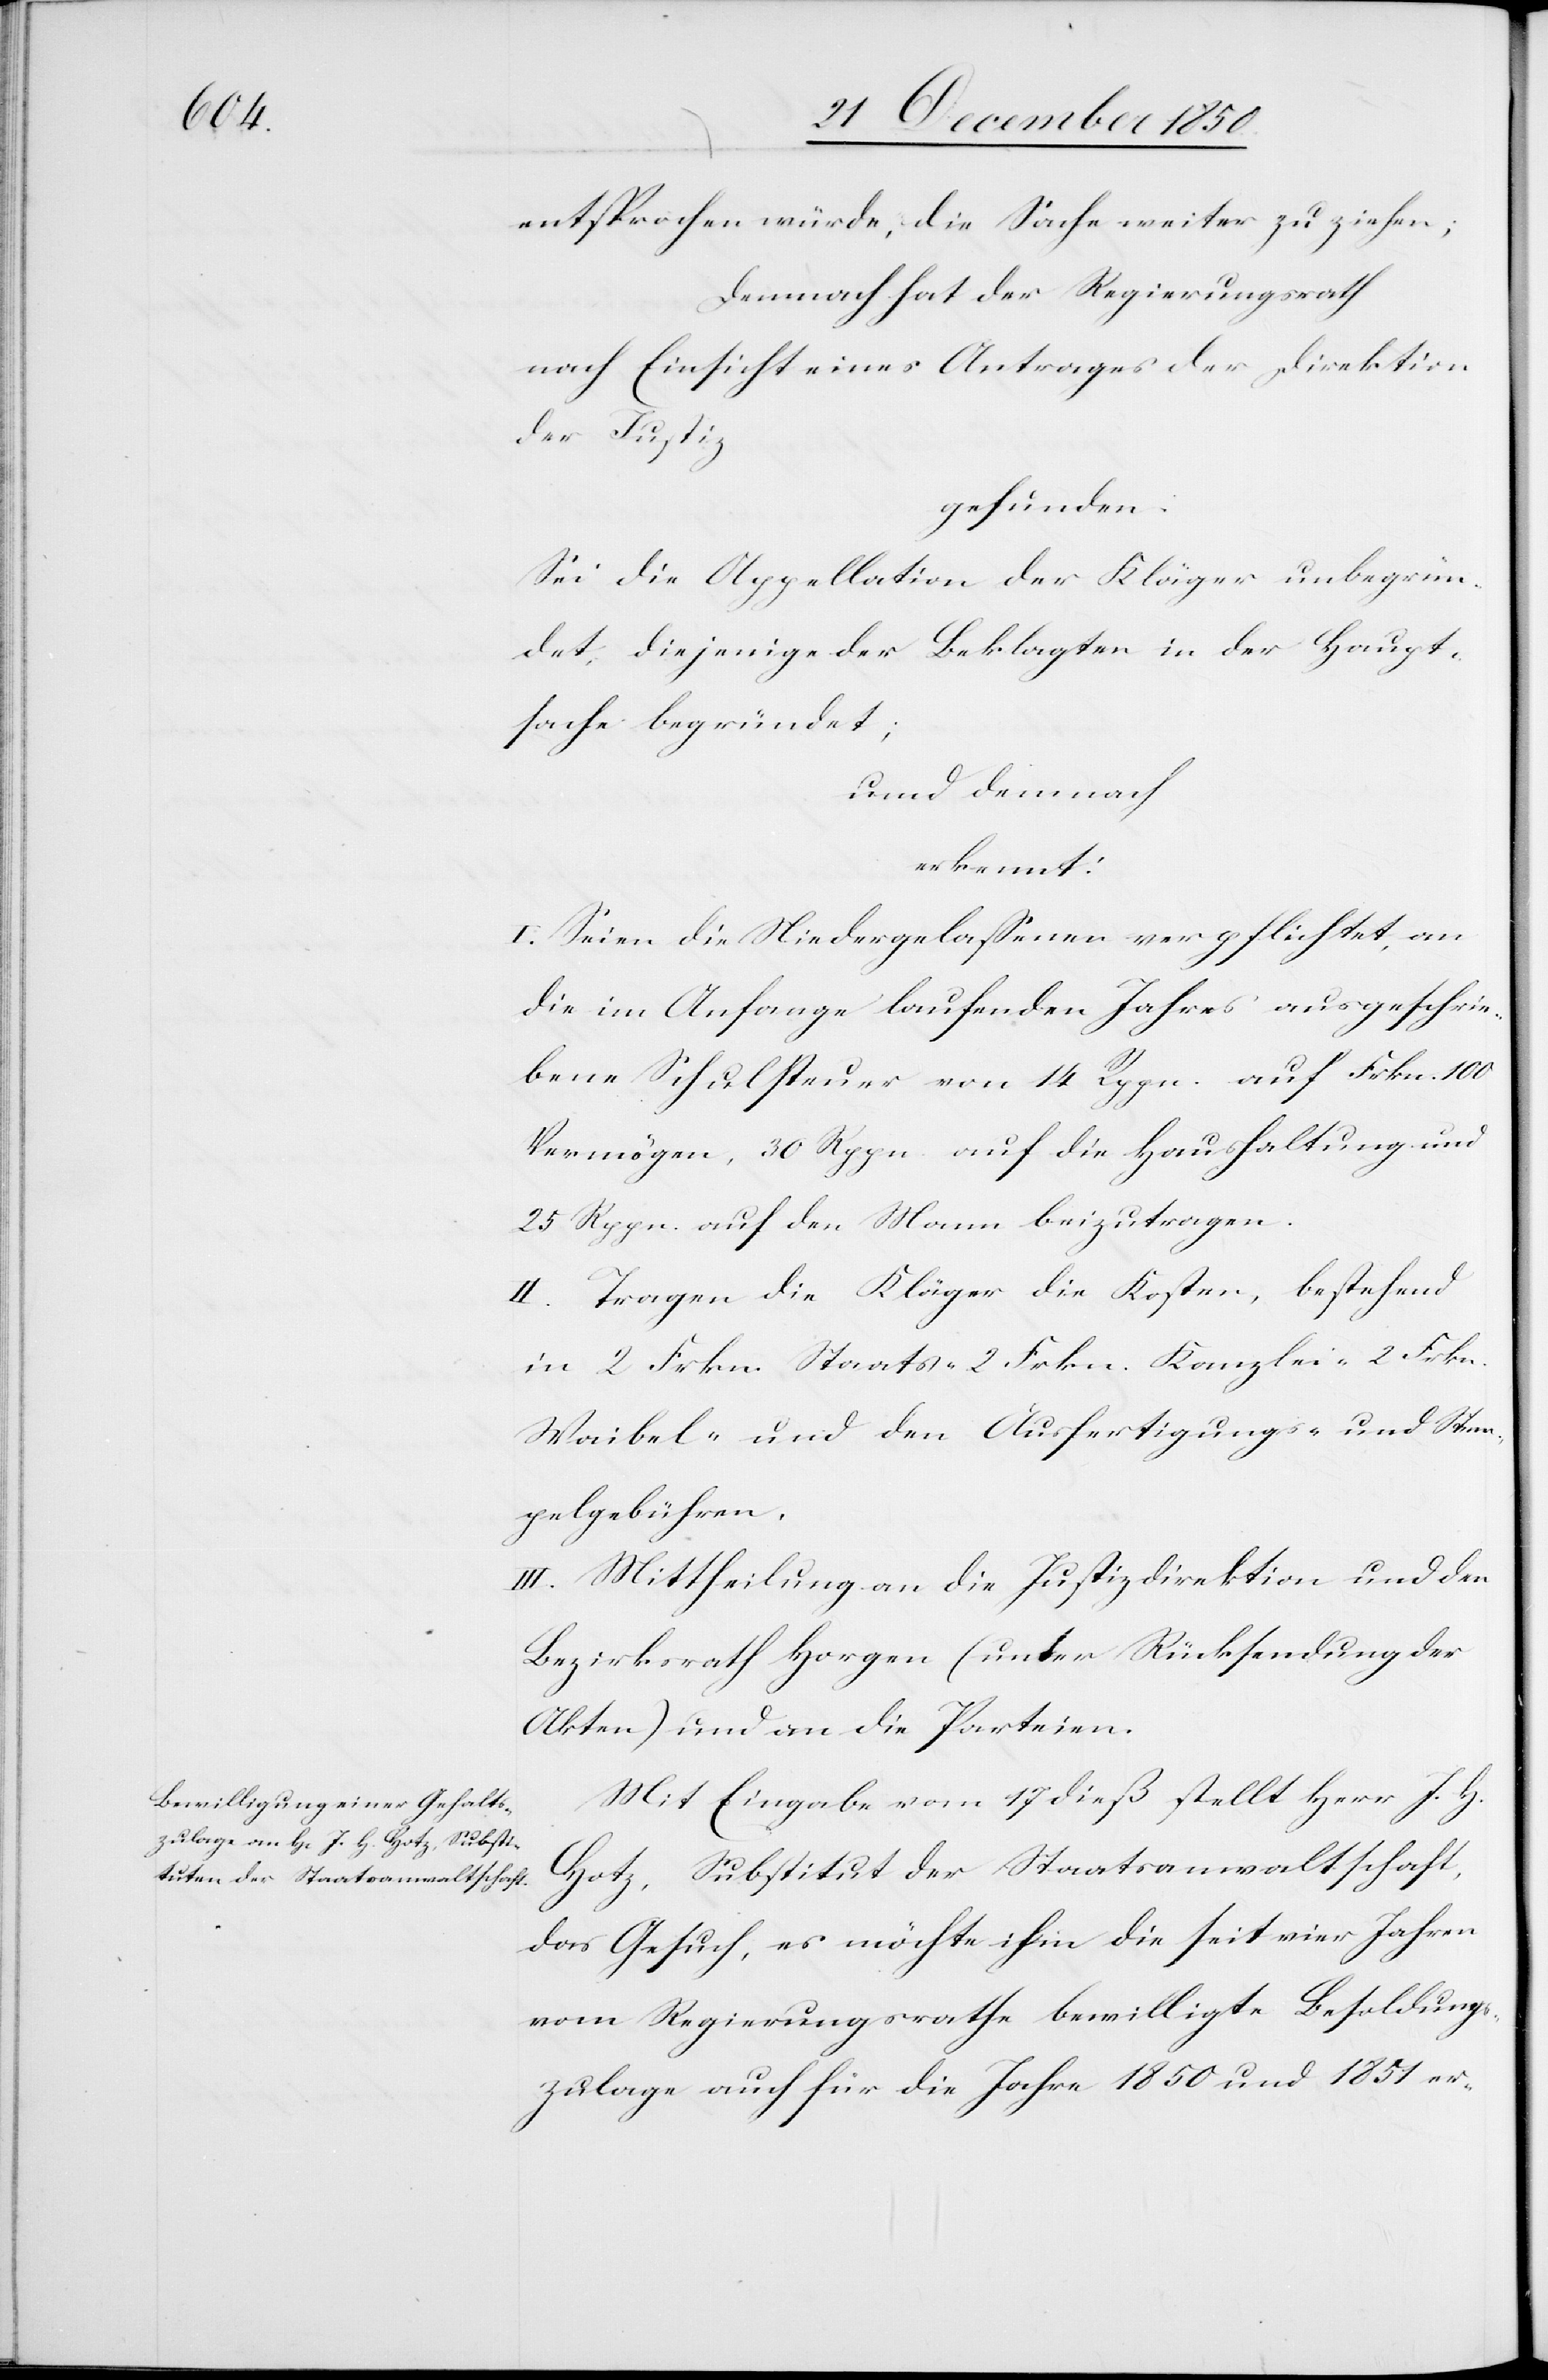
entsprochen würde, die Sache weiter zu ziehen;
Demnach hat der Regierungsrath
nach Einsicht eines Antrages der Direktion
der Justiz
gefunden:
Sei die Appellation der Kläger unbegrün¬
det, diejenige der Beklagten in der Haupt¬
sache begründet;
und demnach
erkennt:
I. Seien die Niedergelassenen verpflichtet, an
die im Anfange laufenden Jahres ausgeschrie¬
bene Schulsteuer von 14 Rppn. auf Frkn. 100
Vermögen, 30 Rppn. auf die Haushaltung und
25 Rppn. auf den Mann beizutragen.
II. Tragen die Kläger die Kosten, bestehend
in 2 Frkn. Staats-[,] 2. Frkn. Kanzlei-[,] 2 Frkn.
Waibel- und den Ausfertigungs- und Stem¬
pelgebühren.
III. Mittheilung an die Justizdirektion und den
Bezirksrath Horgen (unter Rücksendung der
Akten) und an die Parteien.
Mit Eingabe vom 17 dieß stellt Herr J. H.
Hotz, Substitut der Staatsanwaltschaft,
das Gesuch, es möchte ihm die seit vier Jahren
vom Regierungsrathe bewilligte Besoldungs¬
zulage auch für die Jahre 1850 und 1851 er-